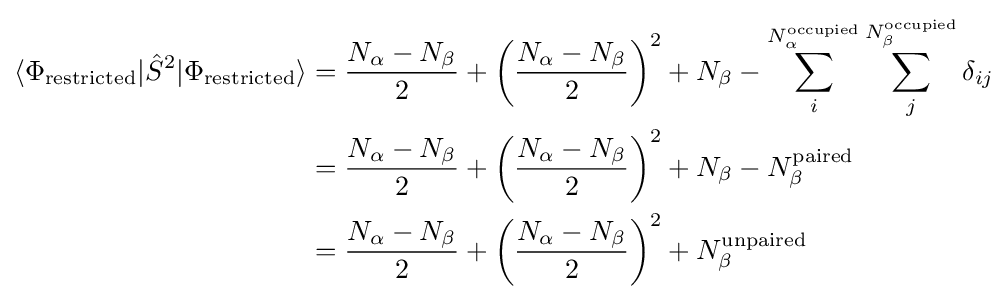
{\begin{aligned}\langle \Phi _{\mathrm {restricted} }|{\hat {S}}^{2}|\Phi _{\mathrm {restricted} }\rangle &={\frac {N_{\alpha }-N_{\beta }}{2}}+\left({\frac {N_{\alpha }-N_{\beta }}{2}}\right)^{2}+N_{\beta }-\sum _{i}^{N_{\alpha }^{\mathrm {occupied} }}\sum _{j}^{N_{\beta }^{\mathrm {occupied} }}\delta _{ij}\\&={\frac {N_{\alpha }-N_{\beta }}{2}}+\left({\frac {N_{\alpha }-N_{\beta }}{2}}\right)^{2}+N_{\beta }-N_{\beta }^{\mathrm {paired} }\\&={\frac {N_{\alpha }-N_{\beta }}{2}}+\left({\frac {N_{\alpha }-N_{\beta }}{2}}\right)^{2}+N_{\beta }^{\mathrm {unpaired} }\end{aligned}}